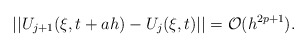
\begin{align*}|| U_{j+1}(\xi, t+ah) - U_j(\xi,t)|| = \mathcal{O}(h^{2p+1}).\end{align*}